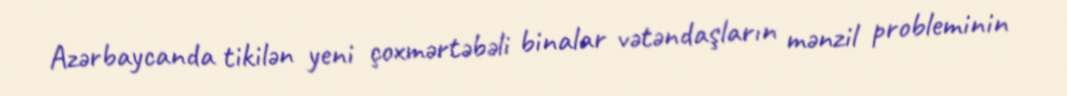
Azərbaycanda tikilən yeni çoxmərtəbəli binalar vətəndaşların mənzil probleminin